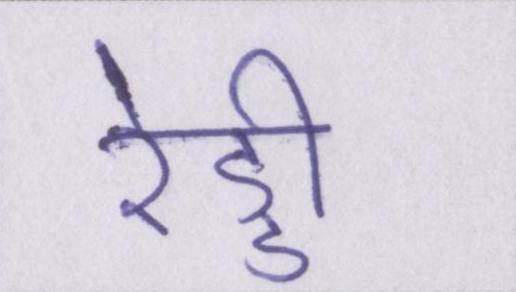
रेड्डी